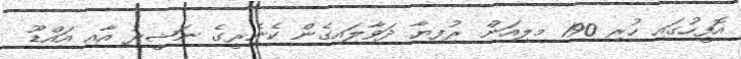
އޮފީހުގައި ހުރި 190 މިލިއަން ރުފިޔާ ދަވާލައިގެން ކެނެރީގެ ނަޝީދު އާއި އައްޑޫ